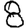
Digit: 8